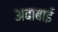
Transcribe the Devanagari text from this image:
अबाबाई